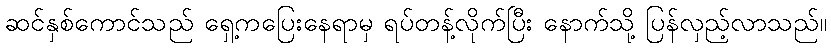
ဆင်နှစ်ကောင်သည် ရှေ့ကပြေးနေရာမှ ရပ်တန့်လိုက်ပြီး နောက်သို့ ပြန်လှည့်လာသည်။